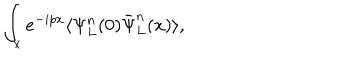
\int _ { x } e ^ { - i p x } \langle \Psi _ { L } ^ { n } ( 0 ) \bar { \Psi } _ { L } ^ { n } ( x ) \rangle ,